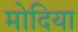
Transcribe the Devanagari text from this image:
मोदिया